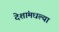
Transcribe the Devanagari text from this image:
देशांमधल्या